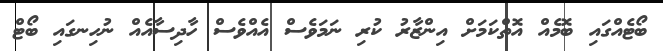
ބޯޓެއްގައި ބޮމެއް އޮތްކަމަށް އިންޒާރު ކުރި ނަމަވެސް އެއްވެސް ހާދިސާއެއް ނުހިނގައި ބޯޓް